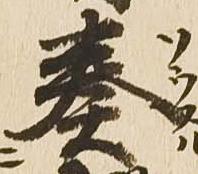
奏